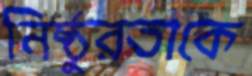
নিষ্ঠুরতাকে